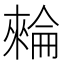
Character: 𣛌